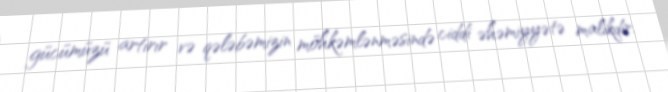
gücümüzü artırır və qələbəmizin möhkəmlənməsində ciddi əhəmiyyətə malikdir.